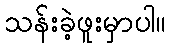
သန်းခဲ့ဖူးမှာပါ။